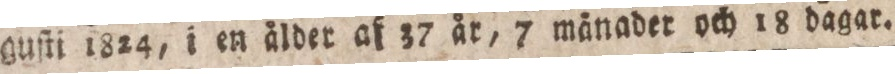
guſti 1824, i en älder af 37 år, 7 mänader och 18 dagar.